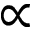
\propto